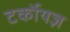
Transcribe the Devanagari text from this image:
टर्कॉयज़